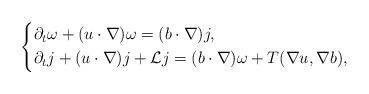
LaTeX: \begin{align*}\left\{\aligned&\partial_{t}\omega+(u\cdot\nabla)\omega=(b\cdot\nabla) j,\\&\partial_{t}j+(u\cdot\nabla)j+\mathcal{L}j=(b\cdot\nabla)\omega+T(\nabla u, \nabla b),\endaligned \right.\end{align*}